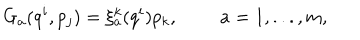
LaTeX: G _ { a } ( q ^ { i } , p _ { j } ) = \xi _ { a } ^ { k } ( q ^ { i } ) p _ { k } , a = 1 , . . . , m ,